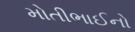
મોતીભાઈનો